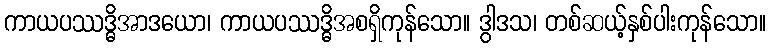
ကာယပဿဒ္ဓိအာဒယော၊ ကာယပဿဒ္ဓိအစရှိကုန်သော။ ဒွါဒသ၊ တစ်ဆယ့်နှစ်ပါးကုန်သော။